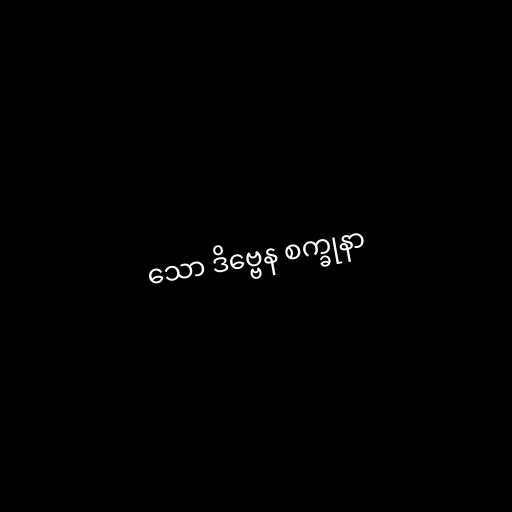
သော ဒိဗ္ဗေန စက္ခုနာ